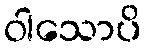
ဝါသောပိ